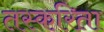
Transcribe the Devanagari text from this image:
तस्करिता